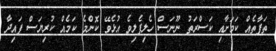
ތަފާތެއް ކަމަށާއި ކަސްރަތު ނޫނަސް ހެލިފެލިވެ އުޅެވޭ ކޮންމެ ކަމެއް ކުރިޔަސް ފައިދާ